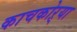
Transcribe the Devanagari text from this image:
काचकोऱ्या